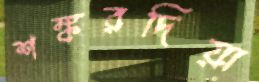
শঙ্করদিয়া